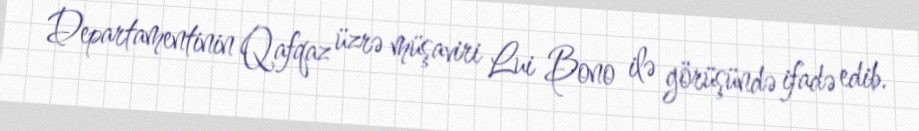
Departamentinin Qafqaz üzrə müşaviri Lui Bono ilə görüşündə ifadə edib.